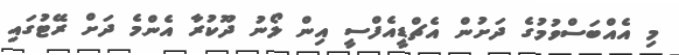
މި އެއްބަސްވުމުގެ ދަށުން އެޗްޑީއެފްސީ އިން ލޯނު ދޫކުރާ އެންމެ ދަށް ރޭޓުގައި